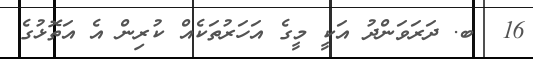
16  ބ. ދަރަވަންދު އަކީ މީގެ އަހަރުތަކެއް ކުރިން އެ އަތޮޅުގެ